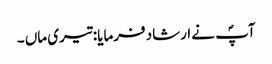
آپؐ نے ارشاد فرمایا: تیری ماں ۔